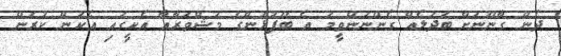
ދެން ގާނޫނަށް ބަދަލެއް ގެންނަންވީމަ އެ ބޭފުޅުންގެ މަޝްވަރާއާ އެކީގައި އެކަން ކުރަން